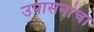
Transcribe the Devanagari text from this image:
उपासनांचा